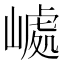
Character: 𡼆